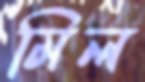
মিল